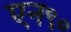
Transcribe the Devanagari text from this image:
एन९०